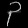
Digit: ၃